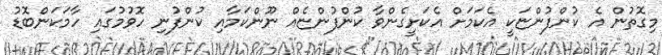
މިގޮތުން އެ ކުންފުންޏަކީ އެކަމަށް އެކަށީގެންވާ ކުންފުންޏެއް ނޫންކަމާއި ކުންފުނި ހޮވުމުގައި ހާމަކަންބޮޑު